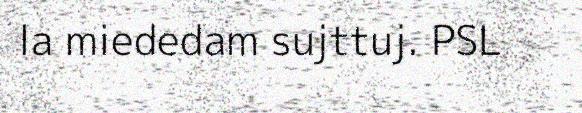
la miededam sujttuj. PSL